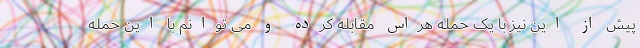
پیش از این نیز با یک حمله هراس مقابله کرده و می توانم با این حمله